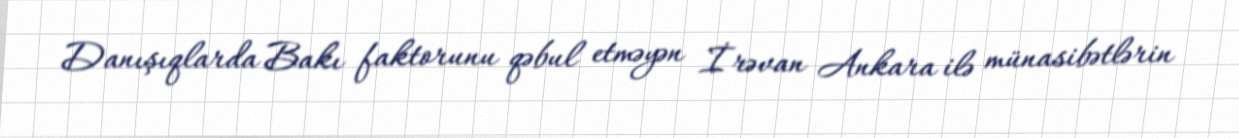
Danışıqlarda Bakı faktorunu qəbul etməyən İrəvan Ankara ilə münasibətlərin